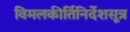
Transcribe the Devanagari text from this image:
विमलकीर्तिनिर्देशसूत्र